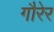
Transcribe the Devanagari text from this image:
गौरेर